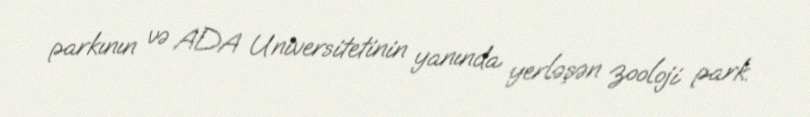
parkının və ADA Universitetinin yanında yerləşən zooloji park.